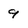
Character: 9